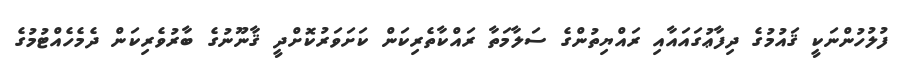
ފުލުހުންނަކީ ޤައުމުގެ ދިފާޢުގައައާއި ރައްޔިތުންގެ ސަލާމަތާ ރައްކާތެރިކަން ކަށަވަރުކޮށްދީ ޤާނޫނުގެ ބާރުވެރިކަން ދެމެހެއްޓުމުގެ